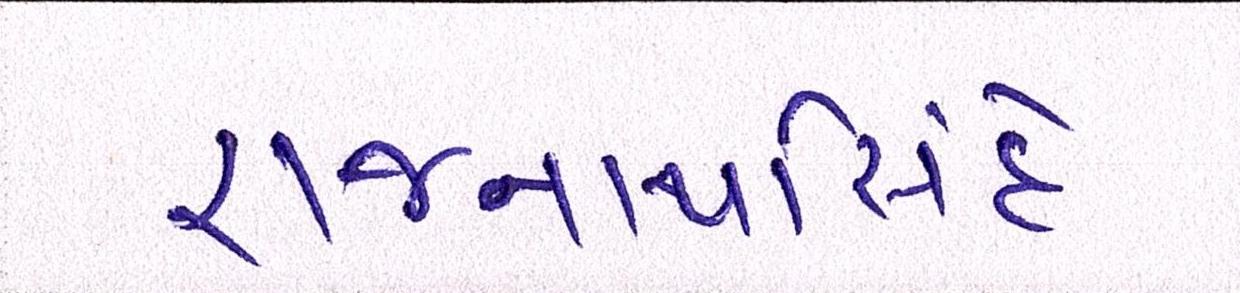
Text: રાજનાથસિંહે